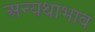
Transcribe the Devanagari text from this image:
अन्यथाभाव